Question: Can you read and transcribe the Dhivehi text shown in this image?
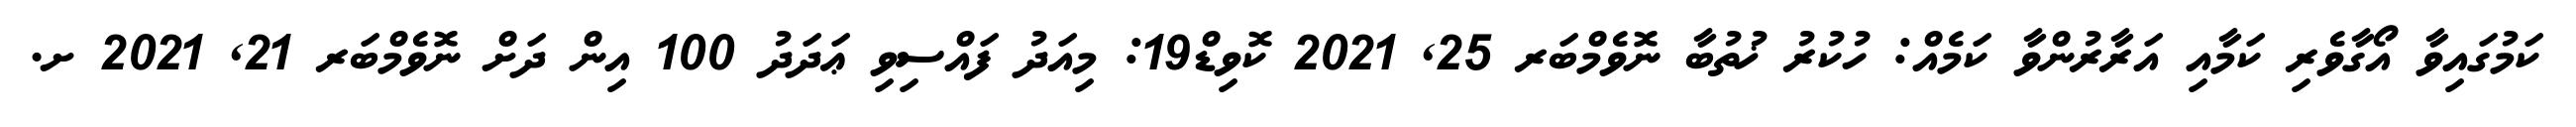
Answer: ކަމުގައިވާ އޯގާވެރި ކަމާއި އަރާރުންވާ ކަމެއް: ހުކުރު ޚުތުބާ ނޮވެމްބަރ 25, 2021 ކޮވިޑް19: މިއަދު ފައްސިވި ޢަދަދު 100 އިން ދަށް ނޮވެމްބަރ 21, 2021 ށ.